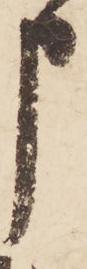
申